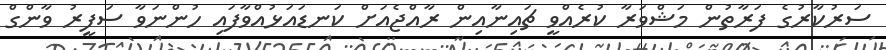
ސަރުކާރުގެ ފަރާތުން މަޝްވަރާ ކުރެއްވީ ޗައިނާއިން ރާއްޖެއަށް ކަނޑައަޅުއްވާފައި ހުންނަވާ ސަފީރު ވާންގް